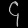
Digit: ၄